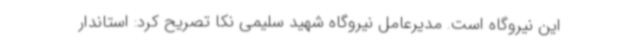
این نیروگاه است. مدیرعامل نیروگاه شهید سلیمی نکا تصریح کرد: استاندار